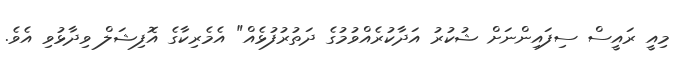
މިއީ ރައީސް ސިފައިންނަށް ޝުކުރު އަދާކުރެއްވުމުގެ ދަތުރުފުޅެއް" އެމެރިކާގެ އޮފިޝަލް ވިދާޅުވި އެވެ.